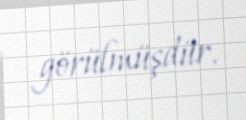
görülmüşdür.